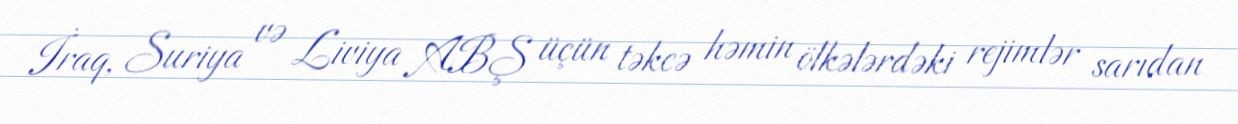
İraq, Suriya və Liviya ABŞ üçün təkcə həmin ölkələrdəki rejimlər sarıdan